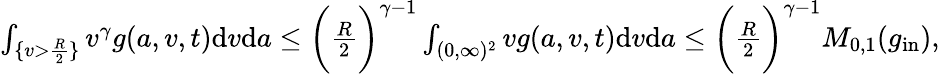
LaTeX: \begin{array}{r}{\int_{\{ v>\frac{R}{2}\} }v^{\gamma}g(a,v,t)\textup{d}v\textup{d}a\leq\bigg(\frac{R}{2}\bigg)^{\gamma-1}\int_{(0,\infty)^{2}}vg(a,v,t)\textup{d}v\textup{d}a\leq\bigg(\frac{R}{2}\bigg)^{\gamma-1}M_{0,1}(g_{\textup{in}}),}\end{array}